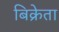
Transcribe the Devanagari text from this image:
बिक्रेता